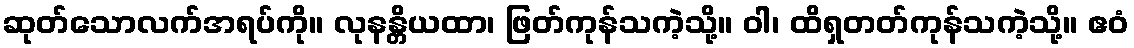
ဆုတ်သောလက်အရပ်ကို။ လုနန္တိယထာ၊ ဖြတ်ကုန်သကဲ့သို့။ ဝါ၊ ထိရှတတ်ကုန်သကဲ့သို့။ ဧဝံ